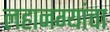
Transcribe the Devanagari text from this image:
लहानग्यांचा